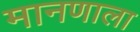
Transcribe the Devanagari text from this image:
मानणाला